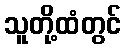
သူတို့ထံတွင်